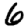
Digit: 6